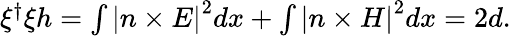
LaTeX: \begin{array}{r}{\xi^{\dagger}\xi h=\int\left|n\times E\right|^{2}dx+\int\left|n\times H\right|^{2}dx=2d.}\end{array}